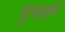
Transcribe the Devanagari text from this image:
गुंजाइशों